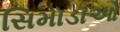
સિમાડાઓ